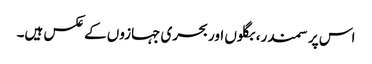
اس پر سمندر، بگلوں اور بحری جہازوں کے عکس ہیں۔